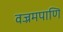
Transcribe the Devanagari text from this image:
वज्रमपाणि